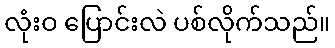
လုံးဝ ပြောင်းလဲ ပစ်လိုက်သည်။